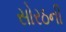
સોરઠની